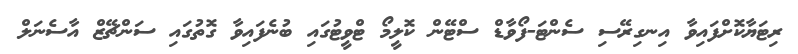
ރިޓަޔާކޮށްފައިވާ އިނގިރޭސި ސެންޓަ-ފޯވާޑް ސްޓޭން ކޮލީމޯ ޓްވީޓުގައި ބުނެފައިވާ ގޮތުގައި ސަންޗޭޒް އާސެނަލް